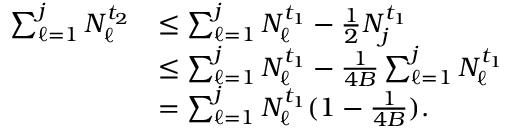
\begin{array} { r l } { \sum _ { \ell = 1 } ^ { j } N _ { \ell } ^ { t _ { 2 } } } & { \le \sum _ { \ell = 1 } ^ { j } N _ { \ell } ^ { t _ { 1 } } - \frac { 1 } { 2 } N _ { j } ^ { t _ { 1 } } } \\ & { \le \sum _ { \ell = 1 } ^ { j } N _ { \ell } ^ { t _ { 1 } } - \frac { 1 } { 4 B } \sum _ { \ell = 1 } ^ { j } N _ { \ell } ^ { t _ { 1 } } } \\ & { = \sum _ { \ell = 1 } ^ { j } N _ { \ell } ^ { t _ { 1 } } ( 1 - \frac { 1 } { 4 B } ) . } \end{array}